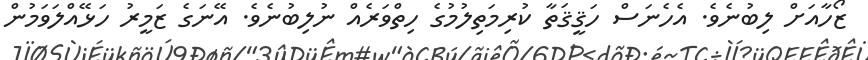
ޒޯހާއަށް ލިބުނެވެ. އެހެނަސް ހަޤީޤަތާ ކުރިމަތިލުމުގެ ހިތްވަރެއް ނުލިބުނެވެ. އޭނަގެ ޒަމީރު ހަޅޭއްލަވަމުން